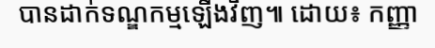
បានដាក់ទណ្ឌកម្មឡើងវិញ៕ ដោយ៖ កញ្ញា